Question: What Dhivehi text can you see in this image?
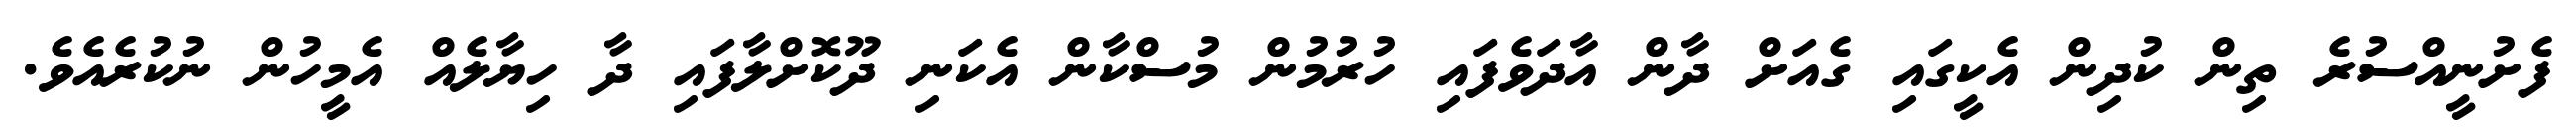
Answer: ފެށުނީއްސުރެ ތިން ކުދިން އެކީގައި ގެއަށް ދާން އާދަވެފައި ހުރުމުން މުސްކާން އެކަނި ދޫކޮށްލާފައި ދާ ހިޔާލެއް އެމީހުން ނުކުރެއެވެ.